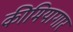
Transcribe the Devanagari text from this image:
कीमियागार